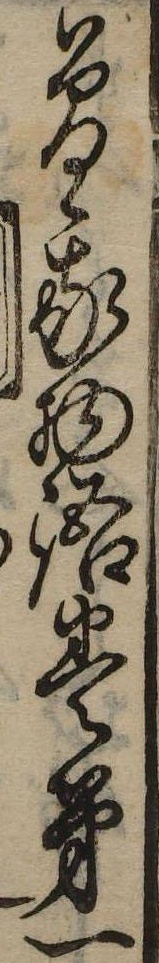
曽我物語巻第一